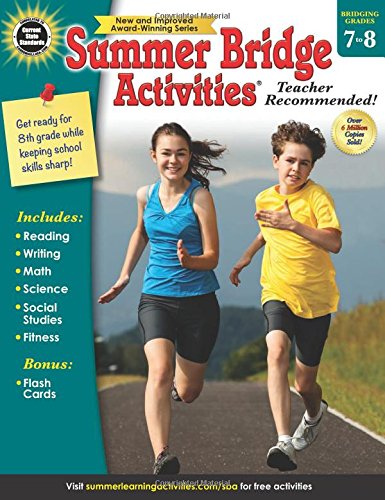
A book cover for Summer Bridge ActivitiesÂ®, Grades 7 - 8; Teen & Young Adult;